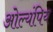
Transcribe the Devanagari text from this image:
ओल्यंपिय